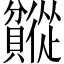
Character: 𬥯